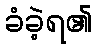
ခံခဲ့ရ၏